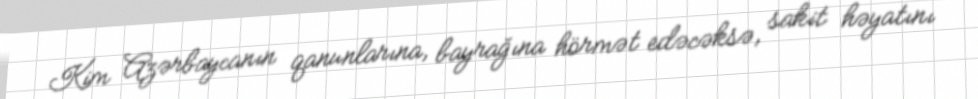
Kim Azərbaycanın qanunlarına, bayrağına hörmət edəcəksə, sakit həyatını